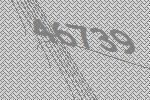
46739